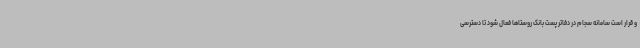
و قرار است سامانه سجام در دفاتر پست بانک روستاها فعال شود تا دسترسی